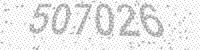
Solution: 507026